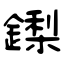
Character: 鏫